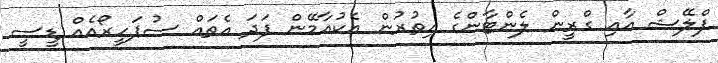
ފްލޭޝް އާއި ގްރީން ލެންޓާންގެ އިތުރުން އެކުއާމޭން ފަދަ އެތައް ސުޕަހީރޯއެއް ޑީސީ